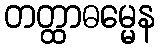
တတ္ထာဓမ္မေန